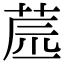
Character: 𦱯